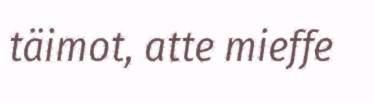
täimot, atte mieffe